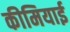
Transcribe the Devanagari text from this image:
कीमियाई